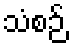
သံစဉ်